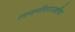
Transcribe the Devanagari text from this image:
लावणीसारखीच